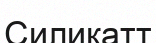
Силикатт